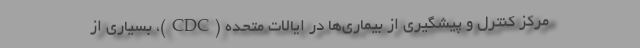
مرکز کنترل و پیشگیری از بیماری‌ها در ایالات متحده (CDC)، بسیاری از